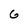
Character: G